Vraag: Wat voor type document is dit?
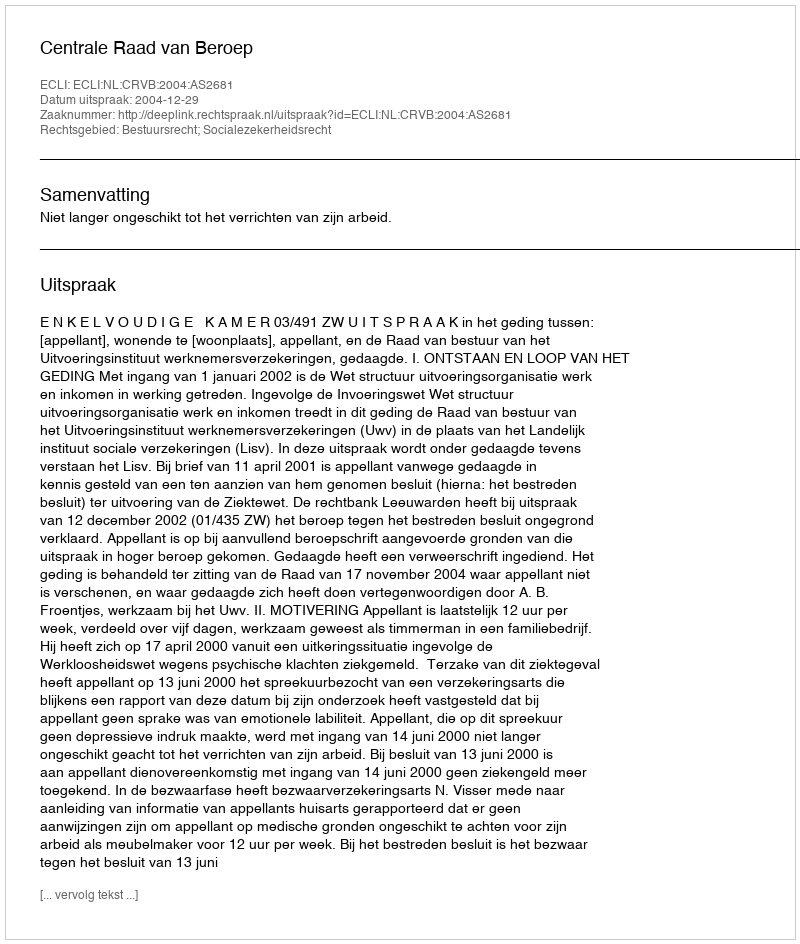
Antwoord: Uitspraak